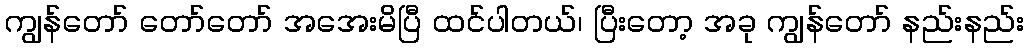
ကျွန်တော် တော်တော် အအေးမိပြီ ထင်ပါတယ်၊ ပြီးတော့ အခု ကျွန်တော် နည်းနည်း